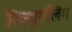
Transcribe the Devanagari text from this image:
रिफ्युएलिंग